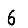
Digit: 6